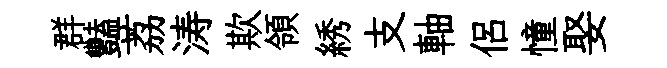
群豔荔涛欺領綉支軸侶憧娶